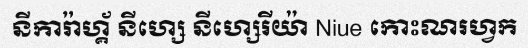
នីការ៉ាហ្គ័ នីហ្សេ នីហ្សេរីយ៉ា Niue កោះណរហ្វក